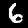
Digit: 6